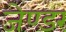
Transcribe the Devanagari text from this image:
जेण्डर